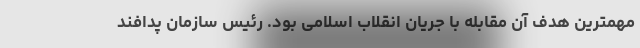
مهمترین هدف آن مقابله با جریان انقلاب اسلامی بود. رئیس سازمان پدافند